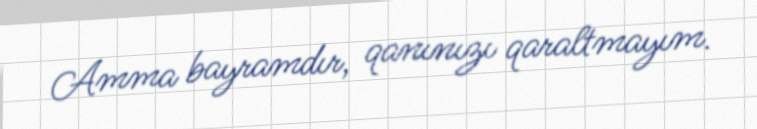
Amma bayramdır, qanınızı qaraltmayım.